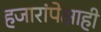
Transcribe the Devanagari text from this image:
हजारांपेक्षाही